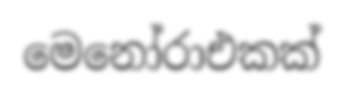
මෙනෝරාඑකක්